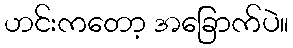
ဟင်းကတော့ အခြောက်ပဲ။